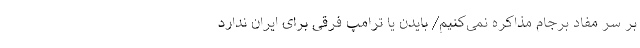
بر سر مفاد برجام مذاکره نمی‌کنیم/ بایدن یا ترامپ فرقی برای ایران ندارد